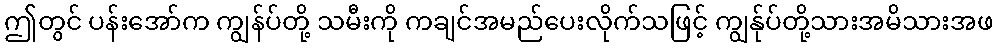
ဤတွင် ပန်းအော်က ကျွန်ပ်တို့ သမီးကို ကချင်အမည်ပေးလိုက်သဖြင့် ကျွန်ုပ်တို့သားအမိသားအဖ